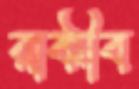
রাকীব